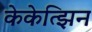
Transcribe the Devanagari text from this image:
केकेत्झिन